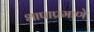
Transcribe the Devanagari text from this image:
शापाप्रमाणे